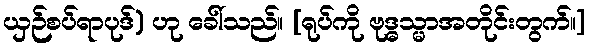
ယှဉ်စပ်ရာပုဒ်) ဟု ခေါ်သည်။ [ရုပ်ကို ဗုဒ္ဓသ္မာအတိုင်းတွက်။]